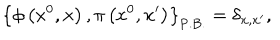
LaTeX: \left\{ \phi \left( x ^ { 0 } , { \bf x } \right) , \pi \left( x ^ { 0 } , { \bf x ^ { \prime } } \right) \right\} _ { \mathrm { P . B . } } = \delta _ { { \bf x } , { \bf x ^ { \prime } } } ,